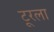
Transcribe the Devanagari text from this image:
टूरला